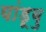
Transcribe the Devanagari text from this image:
यांडूबु